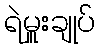
ရဲမှူးချုပ်